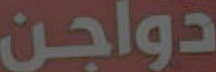
دواجن